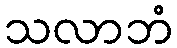
သလာဘံ